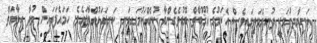
އަނިޔާދިނުމަކީ ދުނިޔެމަތީގައިވެސް އެކަމުގެ ޢުޤޫބާތް ބޮޑުވެގެންވާ ކުށެއްކަމުގައިވަނީ ކަނޑައަޅުއްވާފައެވެ. ހަމައެފަދައިން މުދާ ހިމާޔަތް